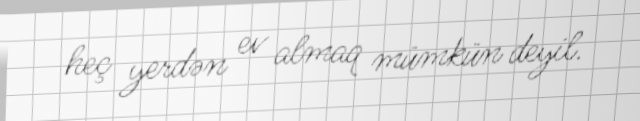
heç yerdən ev almaq mümkün deyil.